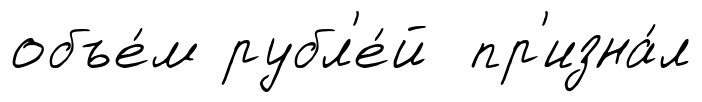
объе́м рубл'е́й пр'изна́л